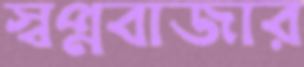
স্বপ্নবাজার